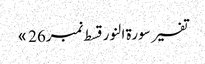
تفسیر سورۃ النور قسط نمبر26 »